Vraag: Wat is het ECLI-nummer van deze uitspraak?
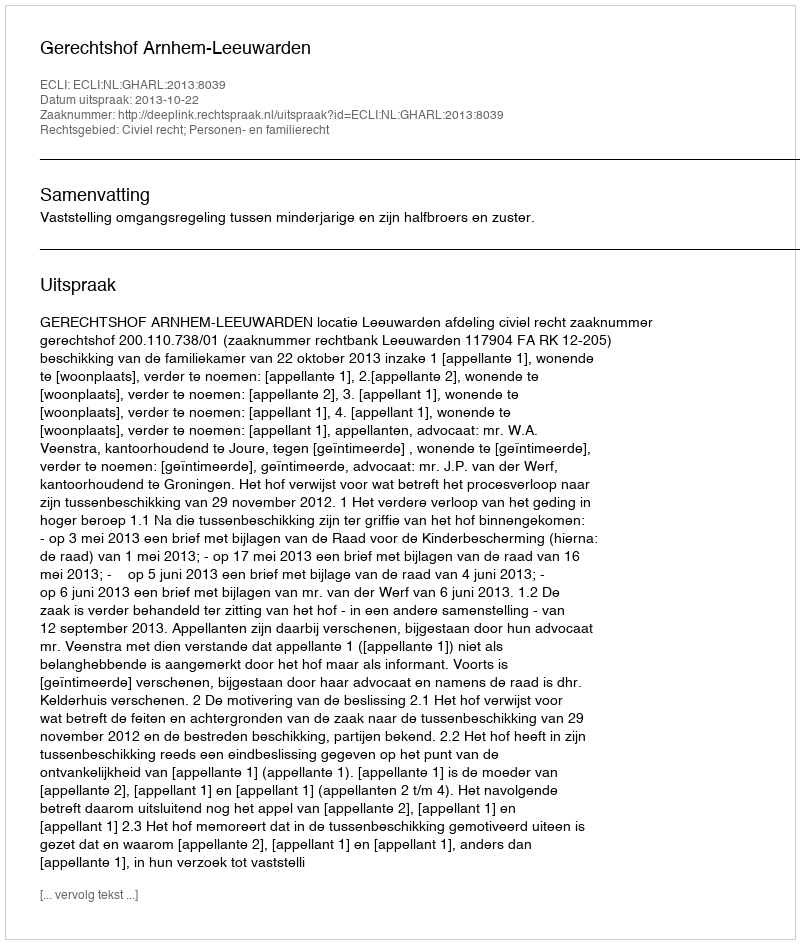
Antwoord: ECLI:NL:GHARL:2013:8039